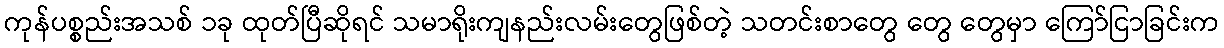
ကုန်ပစ္စည်းအသစ် ၁ခု ထုတ်ပြီဆိုရင် သမာရိုးကျနည်းလမ်းတွေဖြစ်တဲ့ သတင်းစာတွေ တွေ တွေမှာ ကြော်ငြာခြင်းက